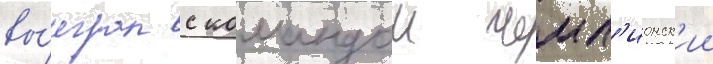
вы́играл с командои чемп'ионск'ии